Vaccination in the Punjab 1905-1918 - 1905-1918
Year: 1905
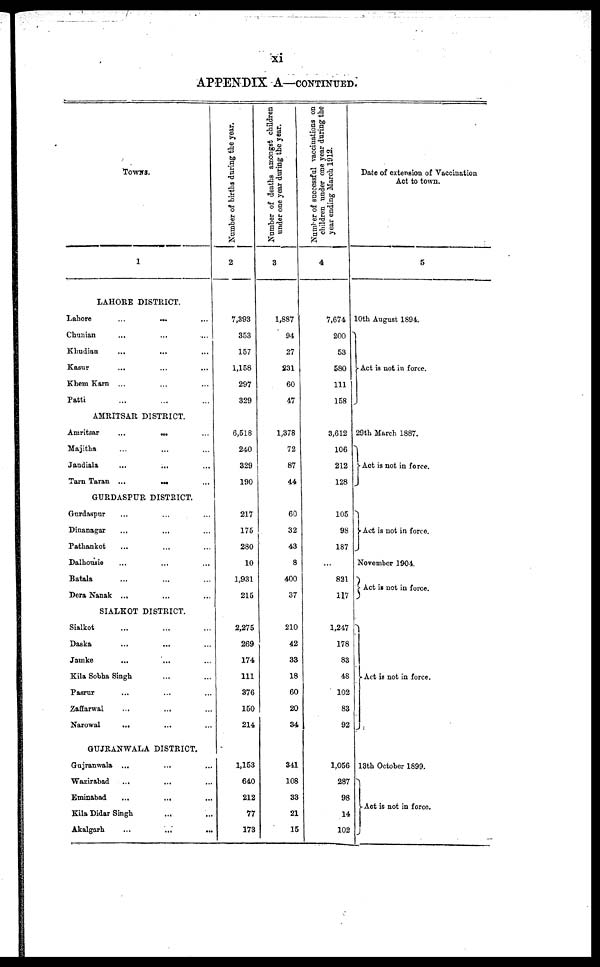
xi
APPENDIX A—CONTINUED.
TOWNS.
1
LAHORE DISTRICT.
Lahore
...
...
...
Chunian ... ... ...
Khudian ... ... ...
Kasur ... ... ...
Khem Karn ... ... ...
Patti ... ... ...
AMRITSAR DISTRICT.
Amritsar
...
...
...
Majitha ... ... ...
Jandiala ... ... ...
Tarn Taran
...
...
...
GURDASPUR DISTRICT.
Gurdaspur ... ... ...
Dinanagar ... ... ...
Pathankot ... ... ...
Dalhousie ... ... ...
Batala ... ... ...
Dera Nanak ... ... ...
SIALKOT DISTRICT.
Sialkot ... ... ...
Daska ... ... ...
Jamke ... ... ...
Kila Sobha Singh ... ... ...
Pasrur ... ... ...
Zaffarwal ... ... ...
Narowal ... ... ...
GUJRANWALA DISTRICT.
Gujranwala
...
...
...
Wazirabad ... ... ...
Eminabad
...
...
...
Kila Didar Singh ... ... ...
Akalgarh
...
...
...
Number of births during the year.
2
7,393
353
157
1,158
297
329
6,518
240
329
190
217
175
280
10
1,931
215
2,275
269
174
111
376
150
214
1,153
640
212
77
173
Number of deaths amongst children
under one year during the year.
3
1,887
94
27
231
60
47
1,378
72
87
44
60
32
43
8
400
37
210
42
33
18
60
20
34
341
108
33
21
15
Number of successful vaccinations on
children under one year during the
year ending March 1912.
4
7,674
200
53
580
111
158
3,612
106
212
128
105
98
187
...
821
117
1,247
178
83
48
102
83
92
1,056
287
98
14
102
Date of extension of Vaccination
Act to town.
5
10th August 1894.
Act is not in force.
29th March 1887.
Act is not in force.
Act is not in force.
November 1904.
Act is not in force.
Act is not in force.
13th October 1899.
Act is not in force.